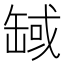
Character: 𦈸